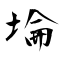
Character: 埨